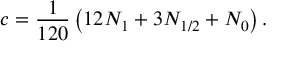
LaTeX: c = \frac { 1 } { 1 2 0 } \left( 1 2 N _ { 1 } + 3 N _ { 1 / 2 } + N _ { 0 } \right) .